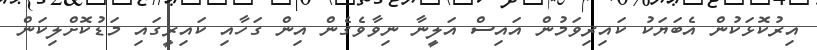
އިރުކޮޅަކުން އެބަޔަކު ކައިރިވަމުން އައިސް އަލީނާ ނިވާވެގެން އިން ގަހާއި ކައިރީގައި މަޑުކޮށްލިކަން